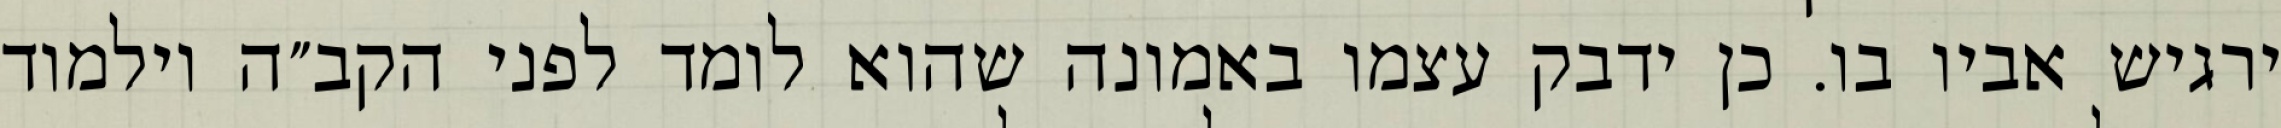
ירגיש אביו בו. כן ידבק עצמו באמונה שהוא לומד לפני הקב״ה וילמוד